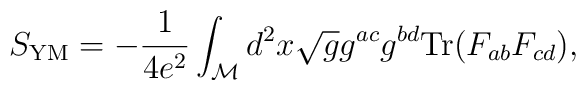
S_{\rm YM} = - {1\over 4e^2} \int_{\cal M} d^2x \sqrt{g} g^{ac} g^{bd}{\rm Tr}(F_{ab}F_{cd}),